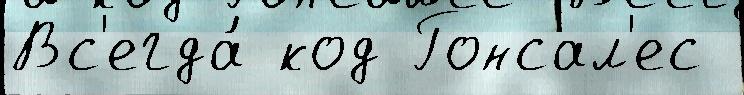
Вс'егда́ код Гонсал'ес